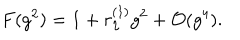
F ( g ^ { 2 } ) = 1 + r _ { \eta } ^ { ( 1 ) } g ^ { 2 } + { \cal O } ( g ^ { 4 } ) .